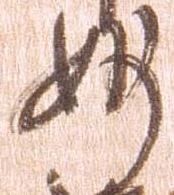
妙